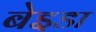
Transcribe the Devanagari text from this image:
बेइडा